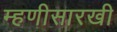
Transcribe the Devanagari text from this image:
म्हणीसारखी